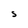
Character: S